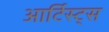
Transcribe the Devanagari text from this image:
आर्टिस्ट्‍स